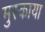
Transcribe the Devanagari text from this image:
मुस्काया